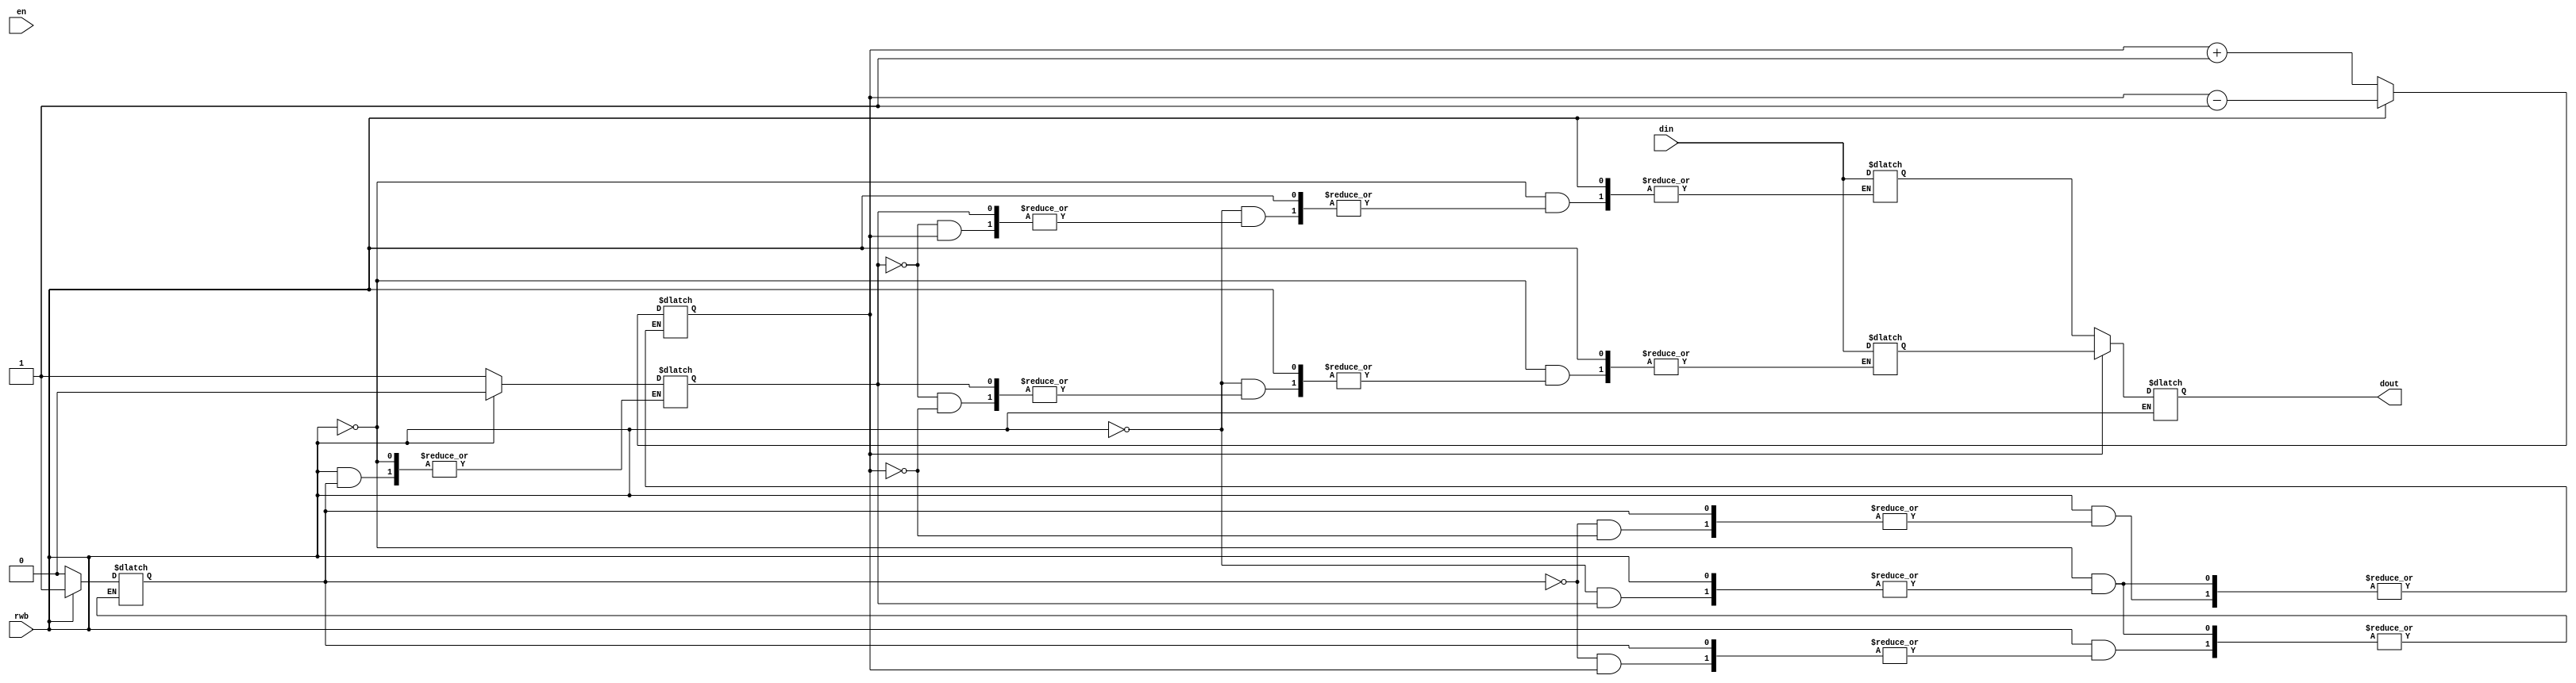
module stack_register(dout,din,en,rwb);
	input [15:0] din;
	input en, rwb;
	output reg [15:0] dout;
	reg [15:0] stackreg [0:15];
    	
	always @ (en)
		begin
			if(rwb) 
				begin
					if(!globalvar.empty)
						begin
							dout <= stackreg[globalvar.adr];
							globalvar.full <= 1'b0;
							if (globalvar.adr == 4'd0) globalvar.empty <= 1'b1;
							else              globalvar.adr  <= globalvar.adr - 1;
						end
					else dout <= 16'dz;
				end
			else if(!rwb)
				begin
					if(!globalvar.full)
						begin
							stackreg[globalvar.adr] <= din;
							globalvar.empty <= 1'b0;
							if(globalvar.adr == 4'd15) globalvar.full <= 1'b1;
							else              globalvar.adr <= globalvar.adr + 1;
						end
				end
		end
	
endmodule